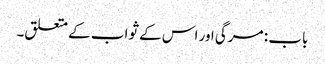
باب : مرگی اور اس کے ثواب کے متعلق۔